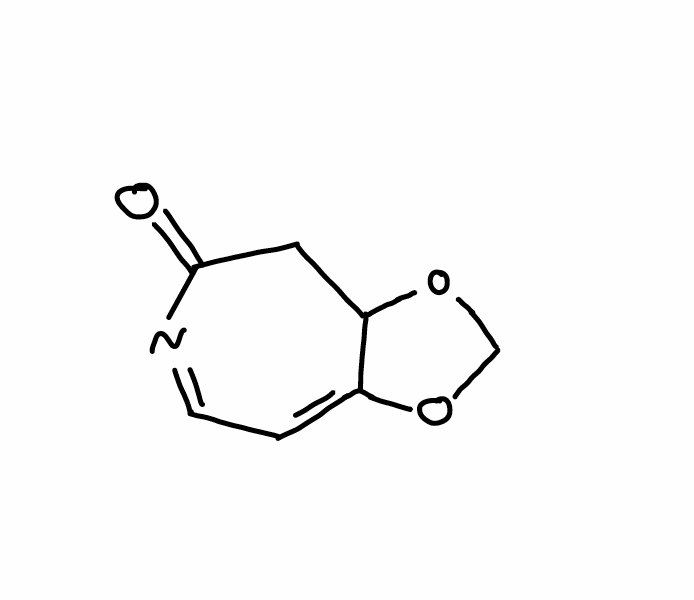
Simplified molecular-input line-entry system (SMILES) notation of the given molecule:
C1C2C(=CC=NC1=O)OCO2